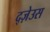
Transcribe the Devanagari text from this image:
द्ज़ेउस